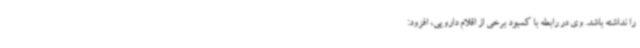
را نداشته باشد. وی در رابطه با کمبود برخی از اقلام دارویی، افزود: